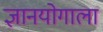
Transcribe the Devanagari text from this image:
ज्ञानयोगाला